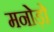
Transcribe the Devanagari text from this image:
मनोड़ो